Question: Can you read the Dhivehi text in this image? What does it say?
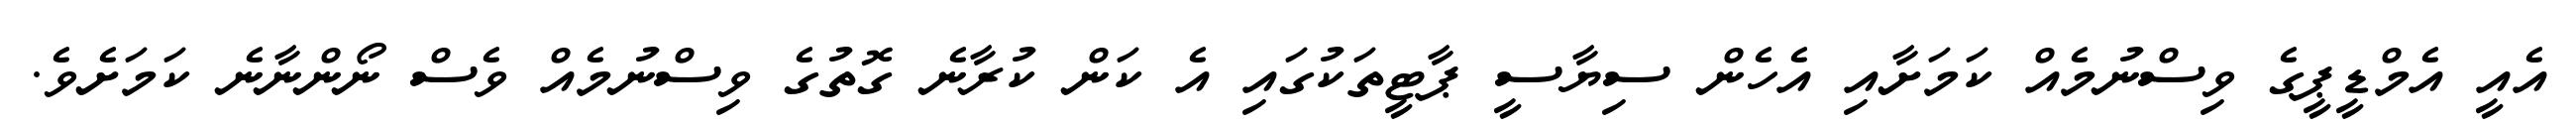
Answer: އެއީ އެމްޑީޕީގެ ވިސްނުމެއް ކަމަށާއި އެހެން ސިޔާސީ ޕާޓީތަކުގައި އެ ކަން ކުރާނެ ގޮތުގެ ވިސްނުމެއް ވެސް ނޯންނާނެ ކަމަށެވެ.